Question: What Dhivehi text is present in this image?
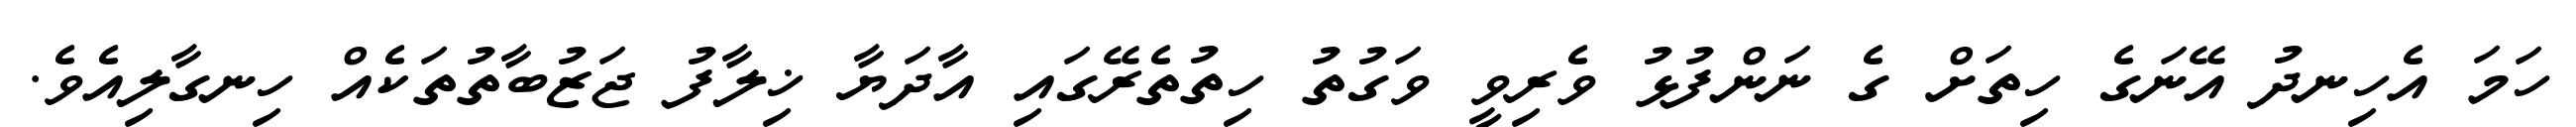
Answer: ހަމަ އެހިނދު އޭނަގެ ހިތަށް ގެ ނަންފުޅު ވެރިވީ ވަގުތު ހިތުތެރޭގައި އާދަޔާ ޚިލާފު ޖަޒުބާތުތަކެއް ހިނގާލިއެވެ.